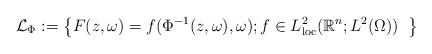
\begin{align*}\mathcal{L}_\Phi := {\big\{F(z,\omega)= f( \Phi^{-1} (z, \omega), \omega); f \in L^2_{\rm loc}(\mathbb{R}^n; L^2(\Omega)) \;\; \big\}}\end{align*}